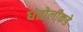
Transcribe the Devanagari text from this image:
धंतोलीकडे